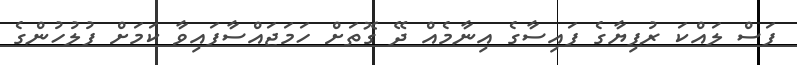
ފަސް ލައްކަ ރުފިޔާގެ ފައިސާގެ އިނާމެއް ދޭ ގޮތަށް ހަމަޖައްސާފައިވާ ކަމަށް ފުލުހުންގެ